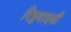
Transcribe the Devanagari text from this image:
रिड्डवाइडी